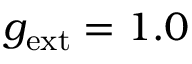
g _ { \mathrm { e x t } } = 1 . 0